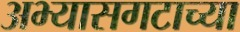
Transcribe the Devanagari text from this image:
अभ्यासगटाच्या